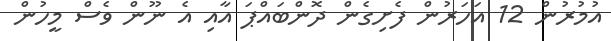
އުމުރުން 12 އަހަރުން ފެށިގެން ދޮންބައްޕަ އާއި އެ ނޫން ވެސް މީހުން